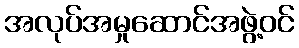
အလုပ်အမှုဆောင်အဖွဲ့ဝင်